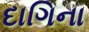
દાગિના